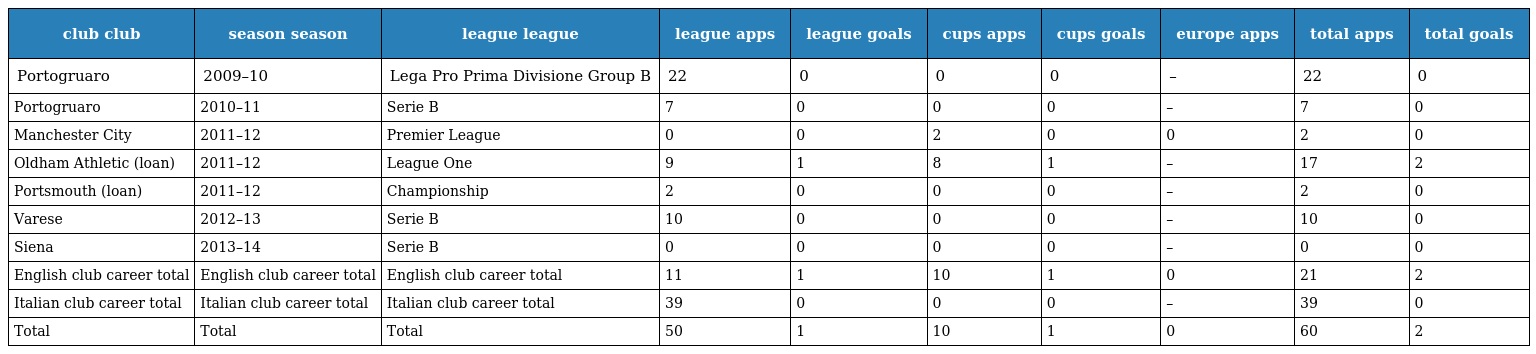
| club club | season season | league league | league apps | league goals | cups apps | cups goals | europe apps | total apps | total goals |
 | --- | --- | --- | --- | --- | --- | --- | --- | --- | --- |
 | Portogruaro | 2009–10 | Lega Pro Prima Divisione Group B | 22 | 0 | 0 | 0 | – | 22 | 0 |
 | Portogruaro | 2010–11 | Serie B | 7 | 0 | 0 | 0 | – | 7 | 0 |
 | Manchester City | 2011–12 | Premier League | 0 | 0 | 2 | 0 | 0 | 2 | 0 |
 | Oldham Athletic (loan) | 2011–12 | League One | 9 | 1 | 8 | 1 | – | 17 | 2 |
 | Portsmouth (loan) | 2011–12 | Championship | 2 | 0 | 0 | 0 | – | 2 | 0 |
 | Varese | 2012–13 | Serie B | 10 | 0 | 0 | 0 | – | 10 | 0 |
 | Siena | 2013–14 | Serie B | 0 | 0 | 0 | 0 | – | 0 | 0 |
 | English club career total | English club career total | English club career total | 11 | 1 | 10 | 1 | 0 | 21 | 2 |
 | Italian club career total | Italian club career total | Italian club career total | 39 | 0 | 0 | 0 | – | 39 | 0 |
 | Total | Total | Total | 50 | 1 | 10 | 1 | 0 | 60 | 2 |